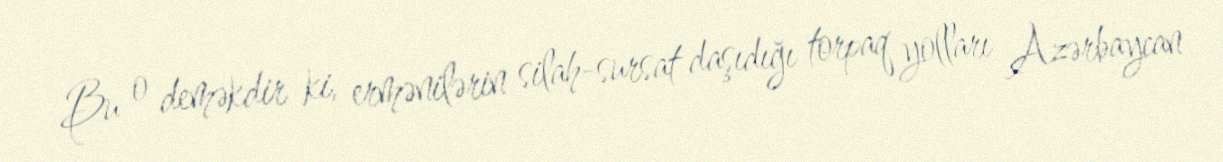
Bu o deməkdir ki, ermənilərin silah-sursat daşıdığı torpaq yolları Azərbaycan